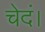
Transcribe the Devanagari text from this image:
चेदं।